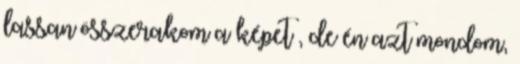
lassan összerakom a képet , de én azt mondom,